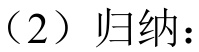
（2）归纳：